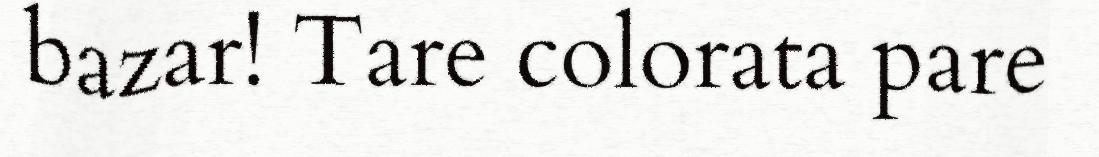
bazar! Tare colorata pare